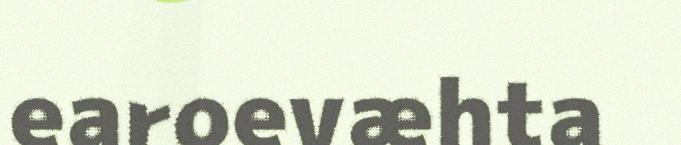
earoevæhta